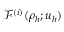
\mathcal { F } ^ { ( i ) } ( \rho _ { h } ; \boldsymbol { u } _ { h } )